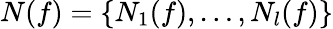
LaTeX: {N}(f)=\left\{ {N}_{1}(f),\ldots,{N}_{l}(f)\right\}